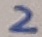
Text: 2